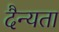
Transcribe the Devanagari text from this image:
दैन्यता